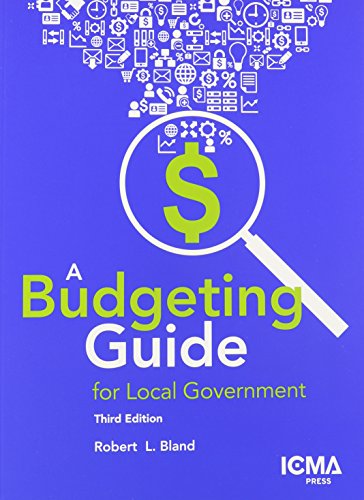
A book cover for A Budgeting Guide for Local Government; Robert L. Bland; Business & Money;